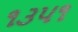
૧૩૫૧